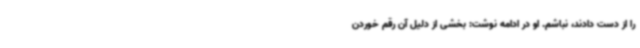
را از دست دادند، نباشم. او در ادامه نوشت: بخشی از دلیل آن رقم خوردن